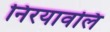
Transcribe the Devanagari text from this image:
निरयावलि